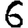
Digit: 6